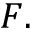
F .